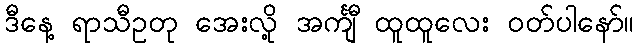
ဒီနေ့ ရာသီဥတု အေးလို့ အင်္ကျီ ထူထူလေး ဝတ်ပါနော်။